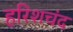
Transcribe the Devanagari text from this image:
हरिशचंद